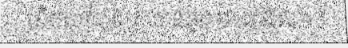
ហិកតាកំពុងត្រូវបានអ្នកមានអំណាច